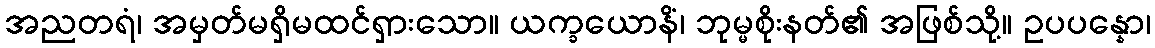
အညတရံ၊ အမှတ်မရှိမထင်ရှားသော။ ယက္ခယောနိံ၊ ဘုမ္မစိုးနတ်၏ အဖြစ်သို့။ ဥပပန္နော၊